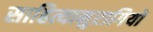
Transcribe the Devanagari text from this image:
साहित्यानुरागियों